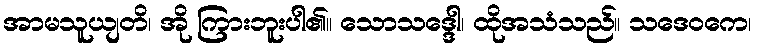
အာမသူယျတိ၊ အို ကြားဘူးပါ၏။ သောသဒ္ဒေါ၊ ထိုအသံသည်။ သဒေဝကေ၊